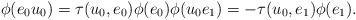
\begin{align*}\phi(e_0u_0) = \tau(u_0,e_0) \phi(e_0) \phi(u_0e_1) = -\tau(u_0,e_1) \phi(e_1).\end{align*}